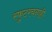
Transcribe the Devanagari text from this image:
स्फुटरचनाही